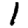
Digit: 1